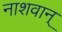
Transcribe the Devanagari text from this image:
नाशवान्‌